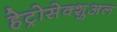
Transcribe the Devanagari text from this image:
हेट्रोसेक्शुअल